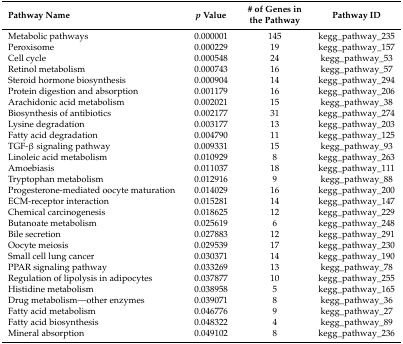
<table><thead><tr><td><b>Pathway Name</b></td><td><b><i>p</i> Value</b></td><td><b># of Genes in the Pathway</b></td><td><b>Pathway ID</b></td></tr></thead><tbody><tr><td>Metabolic pathways</td><td>0.000001</td><td>145</td><td>kegg_pathway_235</td></tr><tr><td>Peroxisome</td><td>0.000229</td><td>19</td><td>kegg_pathway_157</td></tr><tr><td>Cell cycle</td><td>0.000548</td><td>24</td><td>kegg_pathway_53</td></tr><tr><td>Retinol metabolism</td><td>0.000743</td><td>16</td><td>kegg_pathway_57</td></tr><tr><td>Steroid hormone biosynthesis</td><td>0.000904</td><td>14</td><td>kegg_pathway_294</td></tr><tr><td>Protein digestion and absorption</td><td>0.001179</td><td>16</td><td>kegg_pathway_206</td></tr><tr><td>Arachidonic acid metabolism</td><td>0.002021</td><td>15</td><td>kegg_pathway_38</td></tr><tr><td>Biosynthesis of antibiotics</td><td>0.002177</td><td>31</td><td>kegg_pathway_274</td></tr><tr><td>Lysine degradation</td><td>0.003177</td><td>13</td><td>kegg_pathway_203</td></tr><tr><td>Fatty acid degradation</td><td>0.004790</td><td>11</td><td>kegg_pathway_125</td></tr><tr><td>TGF-β signaling pathway</td><td>0.009331</td><td>15</td><td>kegg_pathway_93</td></tr><tr><td>Linoleic acid metabolism</td><td>0.010929</td><td>8</td><td>kegg_pathway_263</td></tr><tr><td>Amoebiasis</td><td>0.011037</td><td>18</td><td>kegg_pathway_111</td></tr><tr><td>Tryptophan metabolism</td><td>0.012916</td><td>9</td><td>kegg_pathway_88</td></tr><tr><td>Progesterone-mediated oocyte maturation</td><td>0.014029</td><td>16</td><td>kegg_pathway_200</td></tr><tr><td>ECM-receptor interaction</td><td>0.015281</td><td>14</td><td>kegg_pathway_147</td></tr><tr><td>Chemical carcinogenesis</td><td>0.018625</td><td>12</td><td>kegg_pathway_229</td></tr><tr><td>Butanoate metabolism</td><td>0.025619</td><td>6</td><td>kegg_pathway_248</td></tr><tr><td>Bile secretion</td><td>0.027883</td><td>12</td><td>kegg_pathway_291</td></tr><tr><td>Oocyte meiosis</td><td>0.029539</td><td>17</td><td>kegg_pathway_230</td></tr><tr><td>Small cell lung cancer</td><td>0.030371</td><td>14</td><td>kegg_pathway_190</td></tr><tr><td>PPAR signaling pathway</td><td>0.033269</td><td>13</td><td>kegg_pathway_78</td></tr><tr><td>Regulation of lipolysis in adipocytes</td><td>0.037877</td><td>10</td><td>kegg_pathway_255</td></tr><tr><td>Histidine metabolism</td><td>0.038958</td><td>5</td><td>kegg_pathway_165</td></tr><tr><td>Drug metabolism—other enzymes</td><td>0.039071</td><td>8</td><td>kegg_pathway_36</td></tr><tr><td>Fatty acid metabolism</td><td>0.046776</td><td>9</td><td>kegg_pathway_27</td></tr><tr><td>Fatty acid biosynthesis</td><td>0.048322</td><td>4</td><td>kegg_pathway_89</td></tr><tr><td>Mineral absorption</td><td>0.049102</td><td>8</td><td>kegg_pathway_236</td></tr></tbody></table>